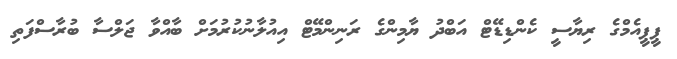
ޕީޕީއެމްގެ ރިޔާސީ ކެންޑިޑޭޓް އަބްދު ޔާމިންގެ ރަނިންމޭޓް އިއުލާނުކުރުމަށް ބާއްވާ ޖަލްސާ ބުރާސްފަތި